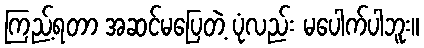
ကြည့်ရတာ အဆင်မပြေတဲ့ ပုံလည်း မပေါက်ပါဘူး။